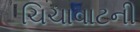
ચિચાવાટની